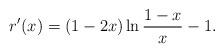
LaTeX: \begin{align*}r^\prime(x)=(1-2x)\ln\frac{1-x}{x}-1.\end{align*}